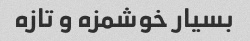
بسیار خوشمزه و تازه